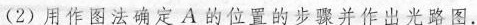
(2)用作图法确定A的位置的步骤并作出光路图.